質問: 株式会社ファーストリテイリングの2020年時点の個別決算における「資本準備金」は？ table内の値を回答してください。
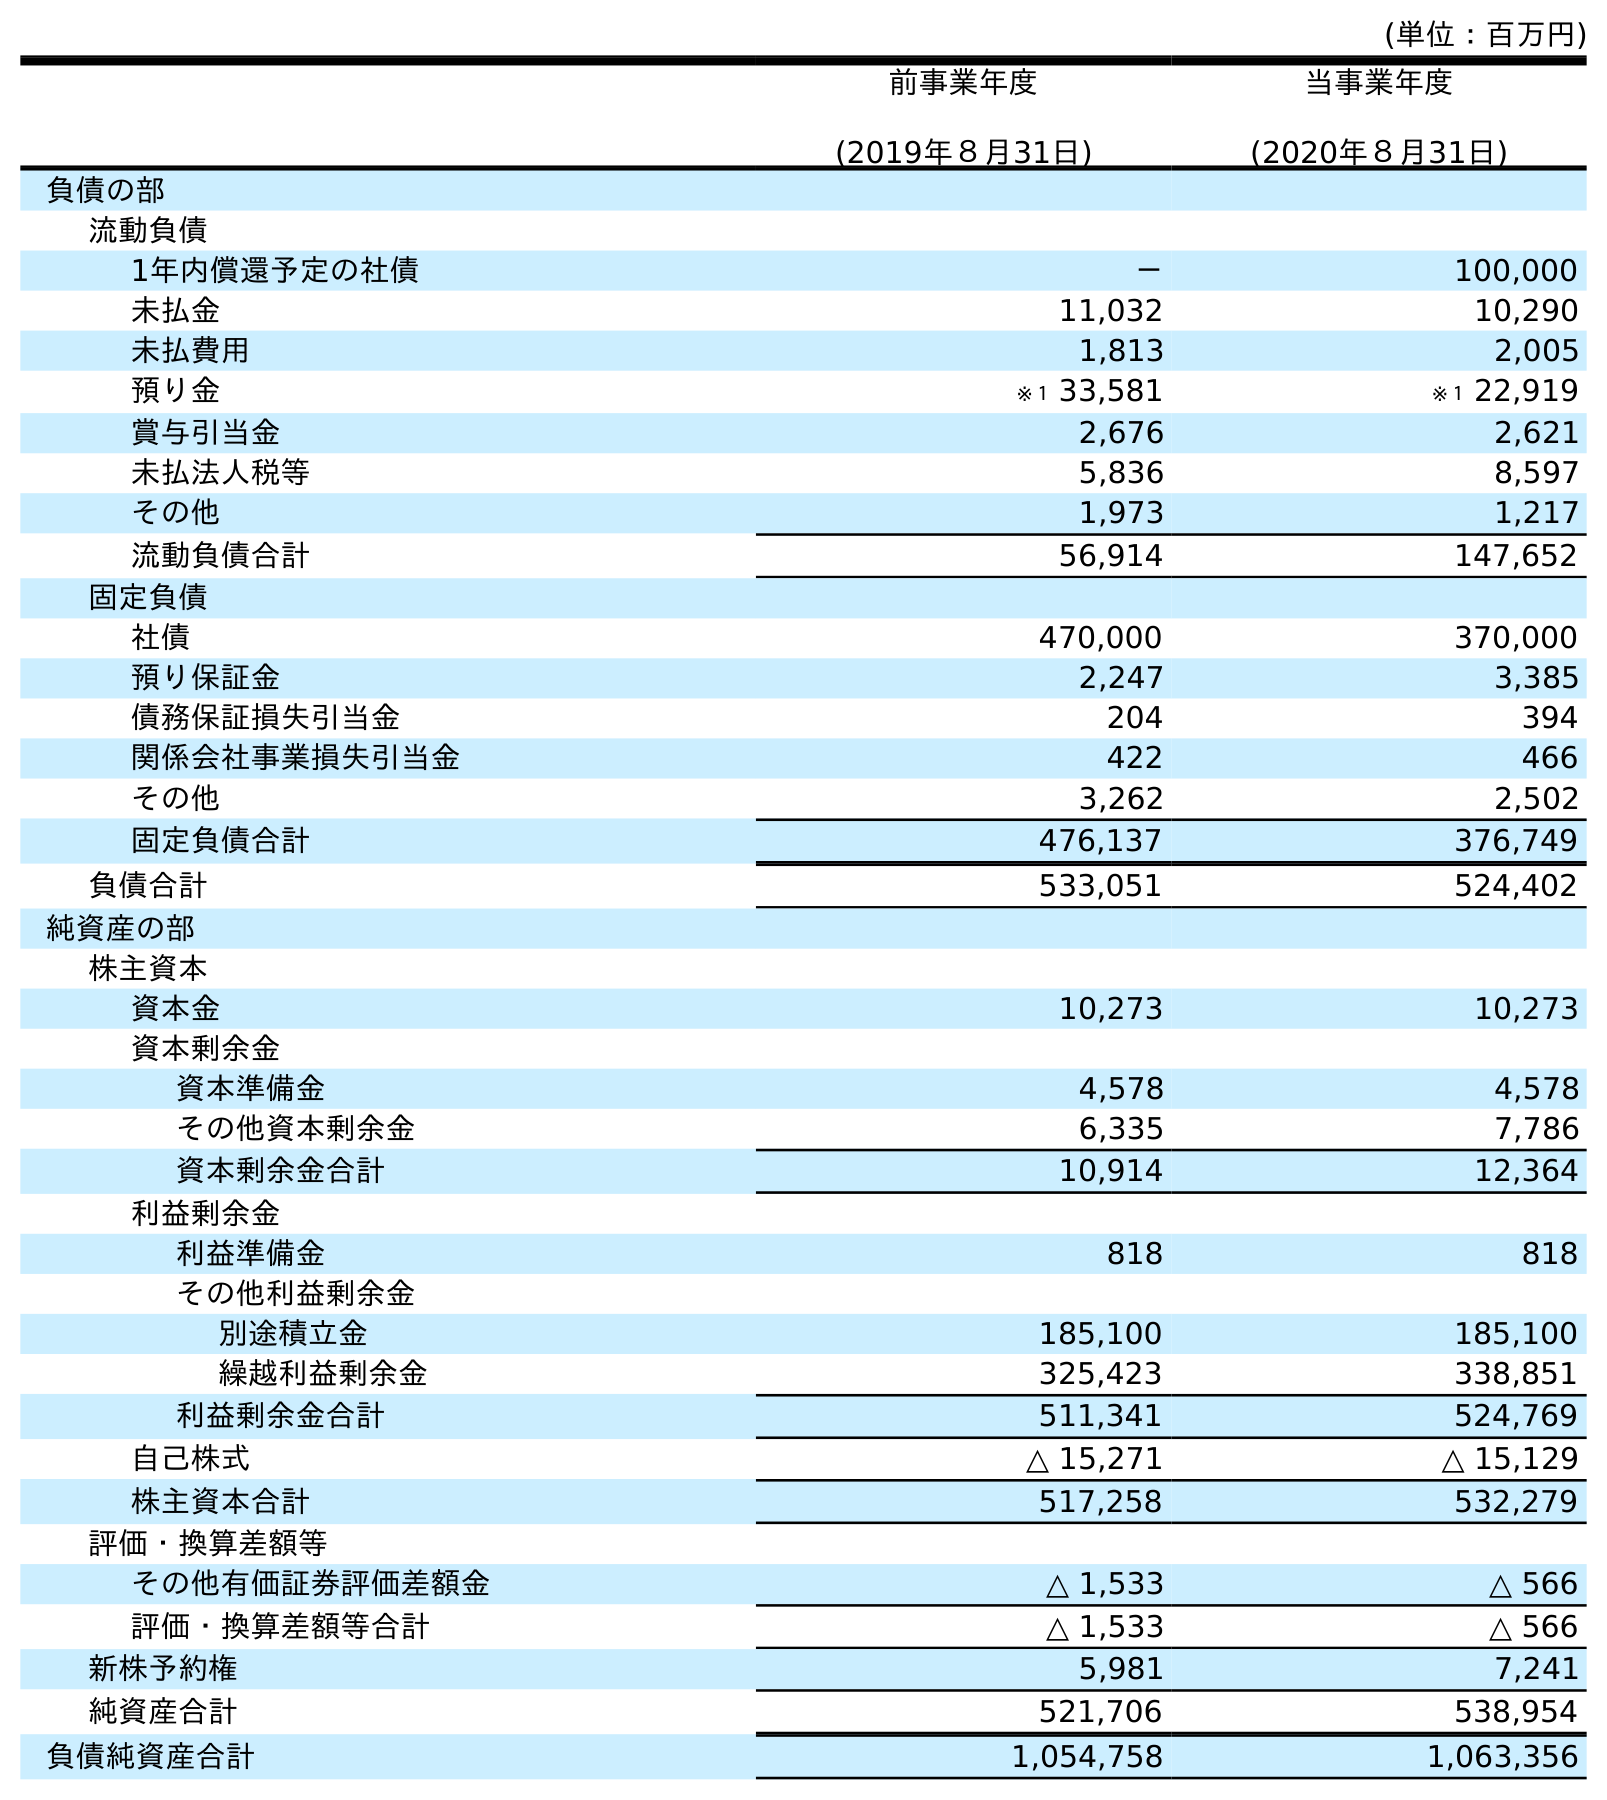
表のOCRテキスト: (単位：百万円) 前事業年度 (2019年８月31日) 当事業年度 (2020年８月31日) 負債の部 流動負債 1年内償還予定の社債 － 100,000 未払金 11,032 10,290 未払費用 1,813 2,005 預り金 ※１ 33,581 ※１ 22,919 賞与引当金 2,676 2,621 未払法人税等 5,836 8,597 その他 1,973 1,217 流動負債合計 56,914 147,652 固定負債 社債 470,000 370,000 預り保証金 2,247 3,385 債務保証損失引当金 204 394 関係会社事業損失引当金 422 466 その他 3,262 2,502 固定負債合計 476,137 376,749 負債合計 533,051 524,402 純資産の部 株主資本 資本金 10,273 10,273 資本剰余金 資本準備金 4,578 4,578 その他資本剰余金 6,335 7,786 資本剰余金合計 10,914 12,364 利益剰余金 利益準備金 818 818 その他利益剰余金 別途積立金 185,100 185,100 繰越利益剰余金 325,423 338,851 利益剰余金合計 511,341 524,769 自己株式 △ 15,271 △ 15,129 株主資本合計 517,258 532,279 評価・換算差額等 その他有価証券評価差額金 △ 1,533 △ 566 評価・換算差額等合計 △ 1,533 △ 566 新株予約権 5,981 7,241 純資産合計 521,706 538,954 負債純資産合計 1,054,758 1,063,356
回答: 4,578